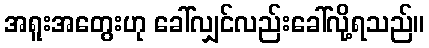
အရူးအတွေးဟု ခေါ်လျှင်လည်းခေါ်လို့ရသည်။